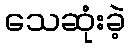
သေဆုံးခဲ့